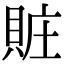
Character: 賍